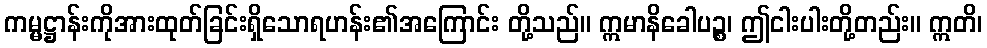
ကမ္မဋ္ဌာန်းကိုအားထုတ်ခြင်းရှိသောရဟန်း၏အကြောင်း တို့သည်။ ဣမာနိခေါပဉ္စ၊ ဤငါးပါးတို့တည်း။ ဣတိ၊